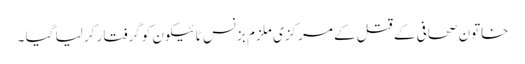
خاتون صحافی کے قتل کے مرکزی ملزم بزنس ٹائیکون کوگرفتار کر لیا گیا ۔